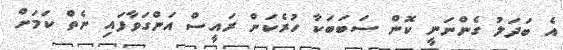
އެ ބަދަލު ގެންނަނީ ކޮން ސަބަބަކާ ހުރެކަން ރައީސް އަންގަވާފައި ނެތް ކަމަށް